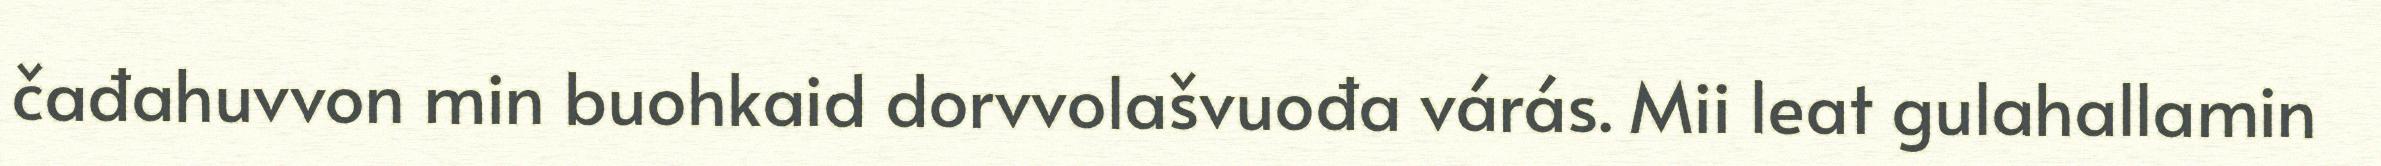
čađahuvvon min buohkaid dorvvolašvuođa várás. Mii leat gulahallamin